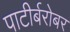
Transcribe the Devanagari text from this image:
पाटीर्बरोबर